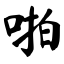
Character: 啪